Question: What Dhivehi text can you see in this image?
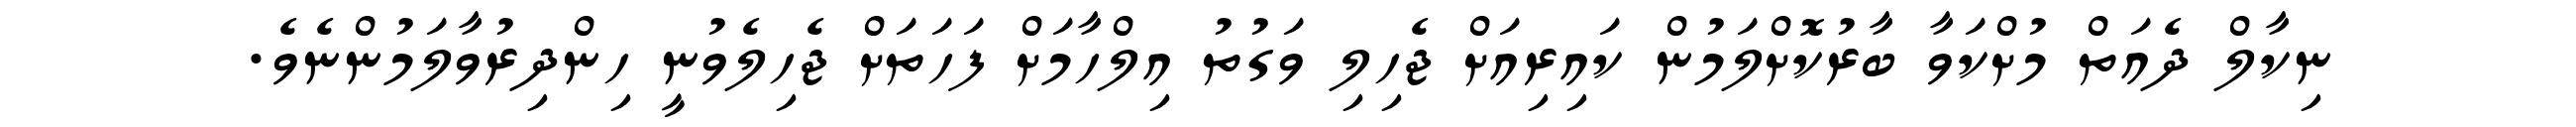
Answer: ނިކާލް ދެއަތް މުށްކަވާ ބާރުކޮށްލަމުން ކައިރިއަށް ޖެހިލި ވަގުތު އިލްހާމަށް ފަހަތަށް ޖެހިލެވުނީ ހިންދިރުވާލަމުންނެވެ.